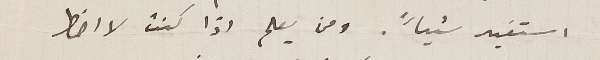
استفيد شياً. ومن يعلم اذا كنت لا اضطر